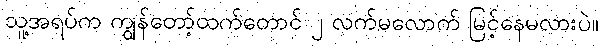
သူ့အရပ်က ကျွန်တော့်ထက်တောင် ၂ လက်မလောက် မြင့်နေမလားပဲ။